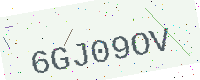
Text: 6GJ09OV